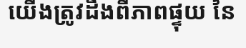
យើងត្រូវដឹងពីភាពផ្ទុយ នៃ